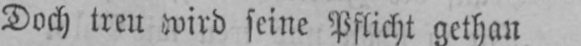
Doch treu wird seine Pflicht gethan